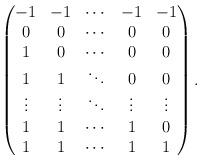
LaTeX: \begin{align*}\begin{pmatrix} -1 & -1 & \cdots & -1 & -1 \\ 0 & 0 & \cdots & 0 & 0 \\ 1 & 0 & \cdots & 0 & 0 \\ 1 & 1 & \ddots & 0 & 0 \\ \vdots & \vdots & \ddots & \vdots & \vdots \\ 1 & 1 & \cdots & 1 & 0 \\ 1 & 1 & \cdots & 1 & 1\end{pmatrix}.\end{align*}